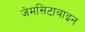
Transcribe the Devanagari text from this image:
जेमसिटाबाइन